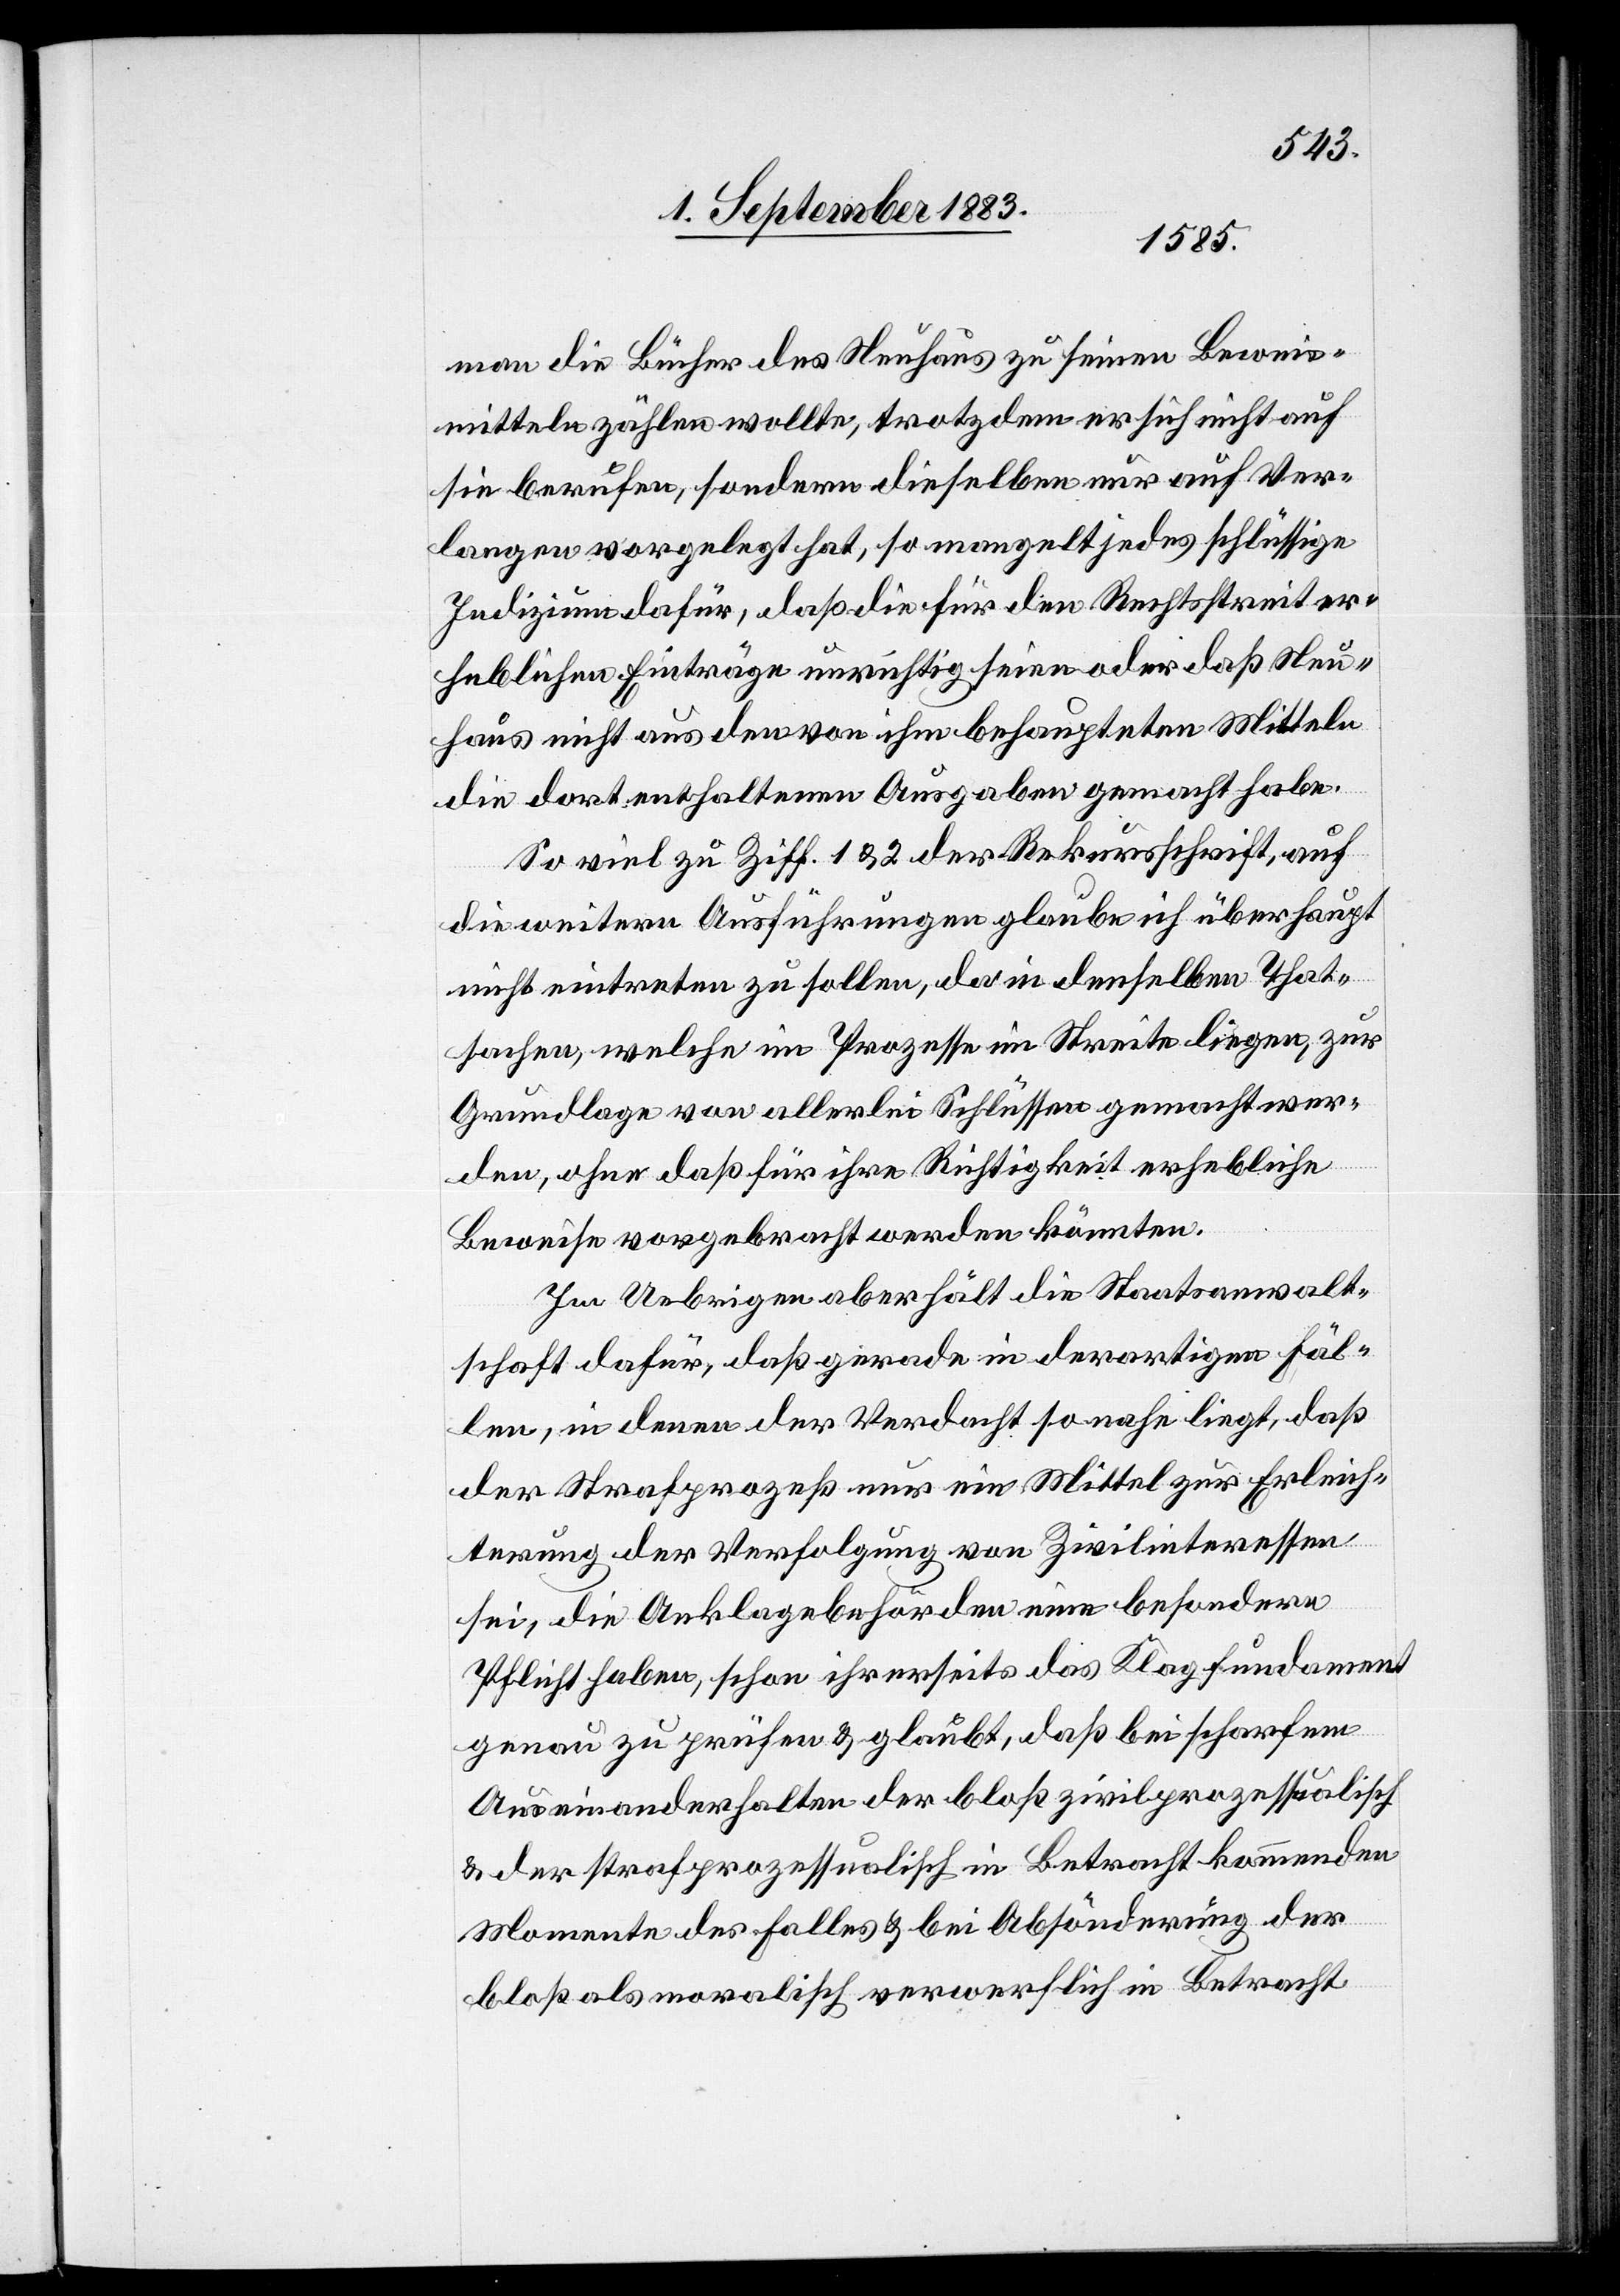
man die Bücher des Neuhaus zu seinen Beweis¬
mitteln zählen wollte, trotzdem er sich nicht auf
sie berufe, sondern dieselben nur auf Ver¬
langen vorgelegt hat, so mangelt jedes schlüssige
Indizium dafür, daß die für den Rechtsstreit er¬
heblichen Einträge unrichtig seien oder daß Neu¬
haus nicht aus den von ihm behaupteten Mitteln
die dort enthaltenen Ausgaben gemacht habe.
So viel zu Ziff. 1 & 2 der Rekursschrift, auf
die weitern Ausführungen glaube ich überhaupt
nicht eintreten zu sollen, da in denselben That¬
sachen, welche im Prozesse im Streite liegen, zur
Grundlage von allerlei Schlüssen gemacht wer¬
den, ohne daß für ihre Richtigkeit erhebliche
Beweise vorgebracht werden könnten.
Im Uebrigen aber hält die Staatsanwalt¬
schaft dafür, daß gerade in derartigen Fäl¬
len, in denen der Verdacht so nahe liegt, daß
der Strafprozeß nur ein Mittel zur Erleich¬
terung der Verfolgung von Zivilinteressen
sei, die Anklagebehörden eine besondere
Pflicht haben, schon ihrerseits das Klagfundament
genau zu prüfen & glaubt, daß bei scharfem
Auseinanderhalten der bloß zivilprozessualisch
& der strafprozessualisch in Betracht kommenden
Momente des Falles & bei Absonderung der
bloß als moralisch verwerflich in Betracht